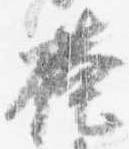
掩